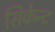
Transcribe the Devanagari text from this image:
सिकेन्ट